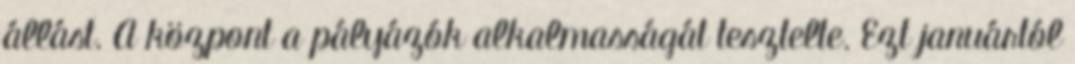
állást. A központ a pályázók alkalmasságát tesztelte. Ezt januártól